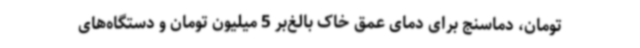
تومان، دماسنج برای دمای عمق خاک بالغ‌بر 5 میلیون تومان و دستگاه‌های